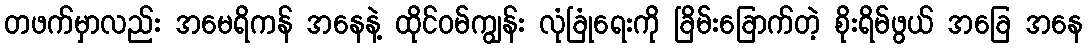
တဖက်မှာလည်း အမေရိကန် အနေနဲ့ ထိုင်ဝမ်ကျွန်း လုံခြုံရေးကို ခြိမ်းခြောက်တဲ့ စိုးရိမ်ဖွယ် အခြေ အနေ